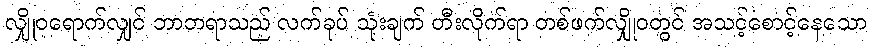
လျှိုဝရောက်လျှင် ဘာဘရာသည် လက်ခုပ် သုံးချက် တီးလိုက်ရာ တစ်ဖက်လျှိုဝတွင် အသင့်စောင့်နေသော